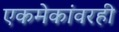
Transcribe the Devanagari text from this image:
एकमेकांवरही